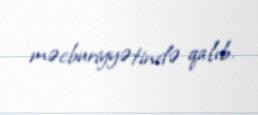
məcburiyyətində qalıb.